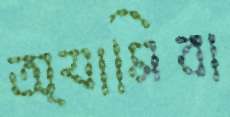
অ্যামিবা